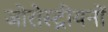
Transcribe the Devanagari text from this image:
जोरोस्ट्रीयनों